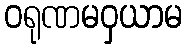
ဝရုဏမဝှယာမ